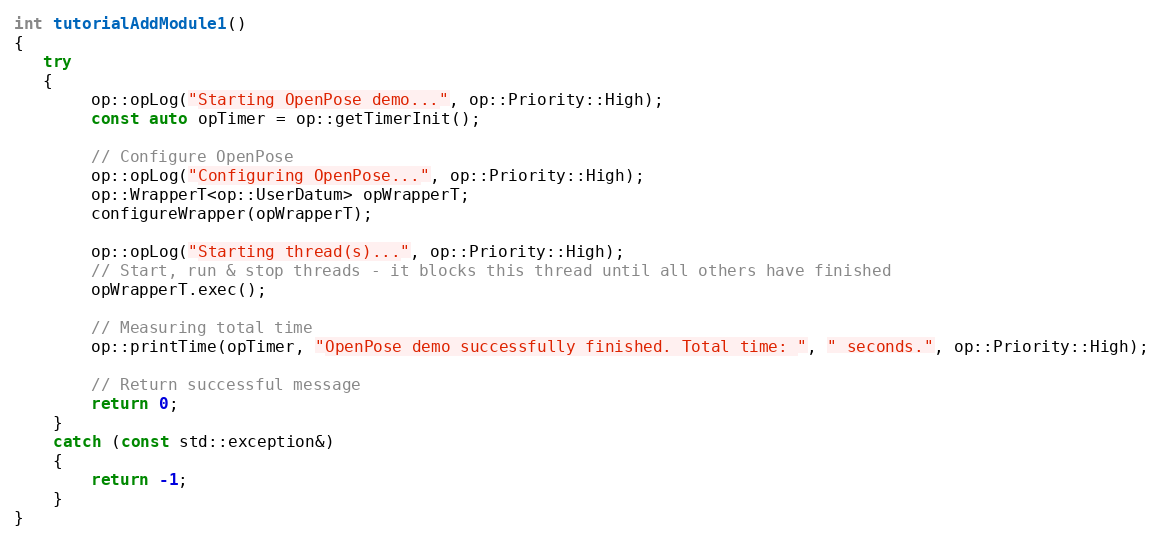
Language: C++
int tutorialAddModule1()
{
   try
   {
        op::opLog("Starting OpenPose demo...", op::Priority::High);
        const auto opTimer = op::getTimerInit();

        // Configure OpenPose
        op::opLog("Configuring OpenPose...", op::Priority::High);
        op::WrapperT<op::UserDatum> opWrapperT;
        configureWrapper(opWrapperT);

        op::opLog("Starting thread(s)...", op::Priority::High);
        // Start, run & stop threads - it blocks this thread until all others have finished
        opWrapperT.exec();

        // Measuring total time
        op::printTime(opTimer, "OpenPose demo successfully finished. Total time: ", " seconds.", op::Priority::High);

        // Return successful message
        return 0;
    }
    catch (const std::exception&)
    {
        return -1;
    }
}